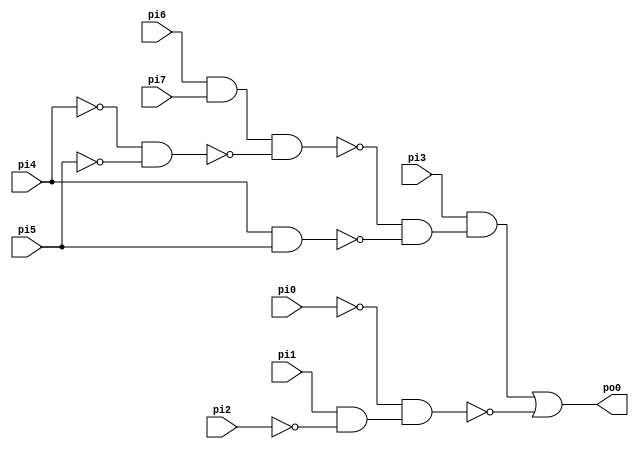
// Benchmark "top" written by ABC on Fri Sep  4 10:02:12 2020

module top  (
    pi0, pi1, pi2, pi3, pi4, pi5, pi6, pi7,
    po0  );
  input  pi0, pi1, pi2, pi3, pi4, pi5, pi6, pi7;
  output po0;
  wire new_n10_, new_n11_, new_n12_, new_n13_, new_n14_, new_n15_, new_n16_,
    new_n17_;
  assign new_n10_ = pi6 & pi7;
  assign new_n11_ = ~pi4 & ~pi5;
  assign new_n12_ = new_n10_ & ~new_n11_;
  assign new_n13_ = pi4 & pi5;
  assign new_n14_ = ~new_n12_ & ~new_n13_;
  assign new_n15_ = pi3 & new_n14_;
  assign new_n16_ = pi1 & ~pi2;
  assign new_n17_ = ~pi0 & new_n16_;
  assign po0 = new_n15_ | ~new_n17_;
endmodule